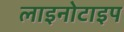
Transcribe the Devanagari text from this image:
लाइनोटाइप